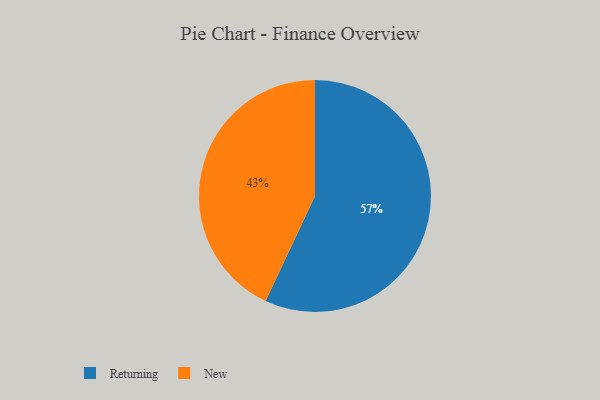
{"axis": {"x": "Category", "y": "Percentage"}, "legend": ["New", "Returning"], "data": [{"x": "Returning", "y": 57, "type": "Returning"}, {"x": "New", "y": 43, "type": "New"}]}